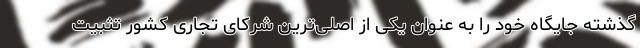
گذشته جایگاه خود را به عنوان یکی از اصلی‌ترین شرکای تجاری کشور تثبیت